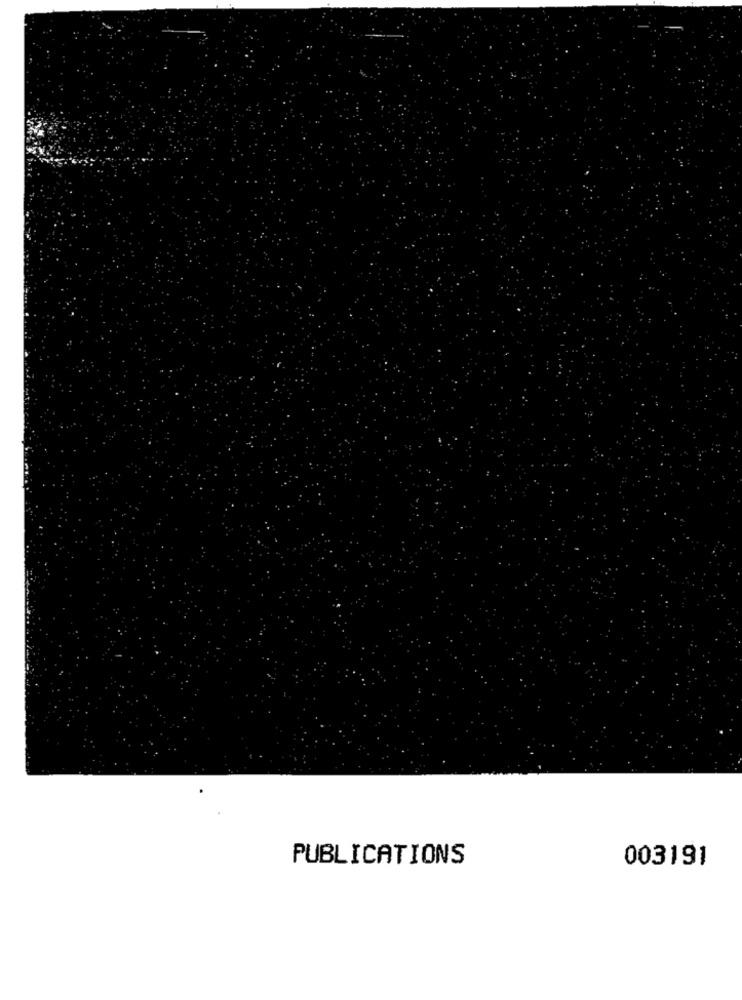
PUBLICATIONS
003191